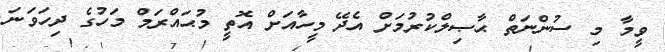
ވީމާ މި ސުންނަތް ޙާޞިލްކުރުމަށް އެދޭ މީހާއަށް އޮތީ މުޙައްރަމް މަހުގެ ދިހަވަނަ